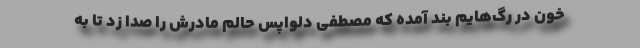
خون در رگ‌هایم بند آمده که مصطفی دلواپس حالم مادرش را صدا زد تا به